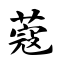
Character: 蔻